Vaccination in Bombay 1913-1923 - 1913-1923
Year: 1913
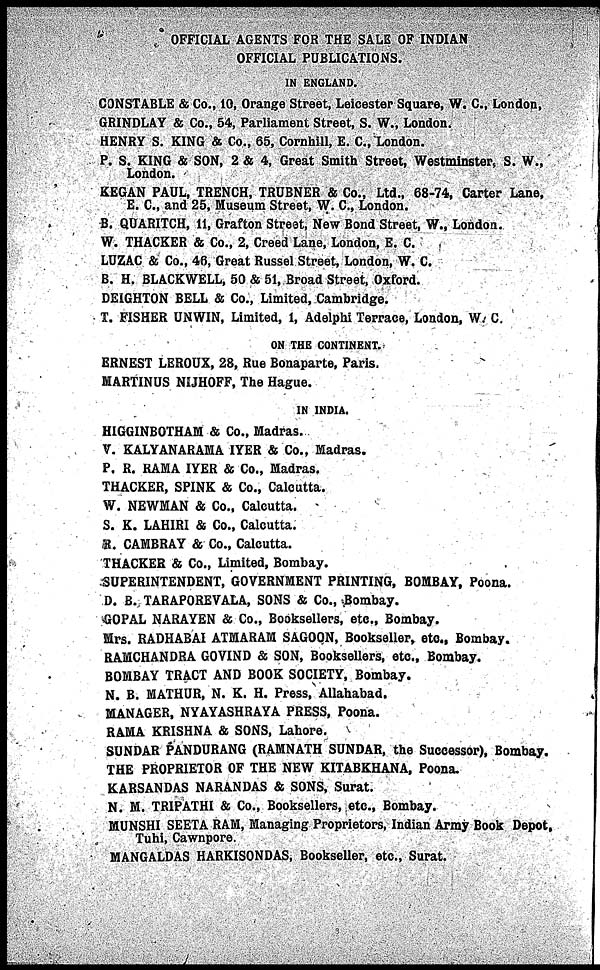
OFFICIAL AGENTS FOR THE SALE OF INDIAN
OFFICIAL PUBLICATIONS.
IN ENGLAND.
CONSTABLE & Co., 10, Orange Street, Leicester Square, W. C., London,
GRINDLAY & Co., 54, Parliament Street, S. W., London.
HENRY S. KING & Co., 65, Cornhill, E. C., London.
P. S. KING & SON, 2 & 4, Great Smith Street, Westminster, S. W.,
London.
KEGAN PAUL, TRENCH, TRUBNER & Co., Ltd., 68-74, Carter Lane,
E. C., and 25, Museum Street, W. C., London.
B. QUARITCH, 11, Grafton Street, New Bond Street, W., London.
W. THACKER & Co., 2, Creed Lane, London, E. C.
LUZAC & Co., 46, Great Russel Street, London, W. C.
B. H. BLACKWELL, 50 & 51, Broad Street, Oxford.
DEIGHTON BELL & Co., Limited, Cambridge.
T. FISHER UNWIN, Limited, 1, Adelphi Terrace, London. W. C.
ON THE CONTINENT.
ERNEST LEROUX, 28, Rue Bonaparte, Paris.
MARTINUS NIJHOFF, The Hague.
IN INDIA.
HIGGINBOTHAM & Co., Madras.
V. KALYANARAMA IYER & Co., Madras.
P. R. RAMA IYER & Co., Madras.
THACKER, SPINK & Co., Calcutta.
W. NEWMAN & Co., Calcutta.
S. K. LAHIRI & Co., Calcutta.
R. CAMBRAY & Co., Calcutta.
THACKER & Co., Limited, Bombay.
SUPERINTENDENT, GOVERNMENT PRINTING, BOMBAY, Poona.
D. B. TARAPOREVALA, SONS & Co., Bombay.
GOPAL NARAYEN & Co., Booksellers, etc., Bombay.
Mrs. RADHABAI ATMARAM SAGOON, Bookseller, etc., Bombay.
RAMCHANDRA GOVIND & SON, Booksellers, etc., Bombay.
BOMBAY TRACT AND BOOK SOCIETY, Bombay.
N. B. MATHUR, N. K. H. Press, Allahabad.
MANAGER, NYAYASHRAYA PRESS, Poona.
RAMA KRISHNA & SONS, Lahore.
SUNDAR PANDURANG (RAMNATH SUNDAR, the Successor), Bombay.
THE PROPRIETOR OF THE NEW KITABKHANA, Poona.
KARSANDAS NARANDAS & SONS, Surat.
N. M. TRIPATHI & Co., Booksellers, etc., Bombay.
MUNSHI SEETA RAM, Managing Proprietors, Indian Army Book Depot,
Tuhi, Cawnpore.
MANGALDAS HARKISONDAS, Bookseller, etc., Surat.